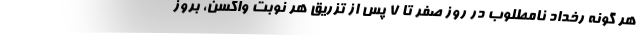
هر گونه رخداد نامطلوب در روز صفر تا ۷ پس از تزریق هر نوبت واکسن، بروز